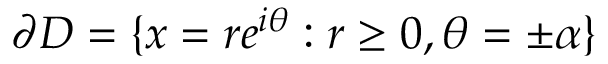
\partial D = \{ x = r e ^ { i \theta } : r \geq 0 , \theta = \pm \alpha \}